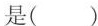
是()